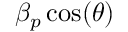
\beta _ { p } \cos ( \theta )